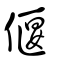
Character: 偃